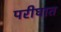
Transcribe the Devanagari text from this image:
परीघात